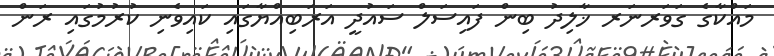
މައްކާގެ ގަވަރނަރ ޚާލިދު ބިން ފައިސަލް ސައުދީ އަރަބިއްޔާގައި ކައިވެނި ކުރުމުގައި ރަން